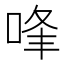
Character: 㖓